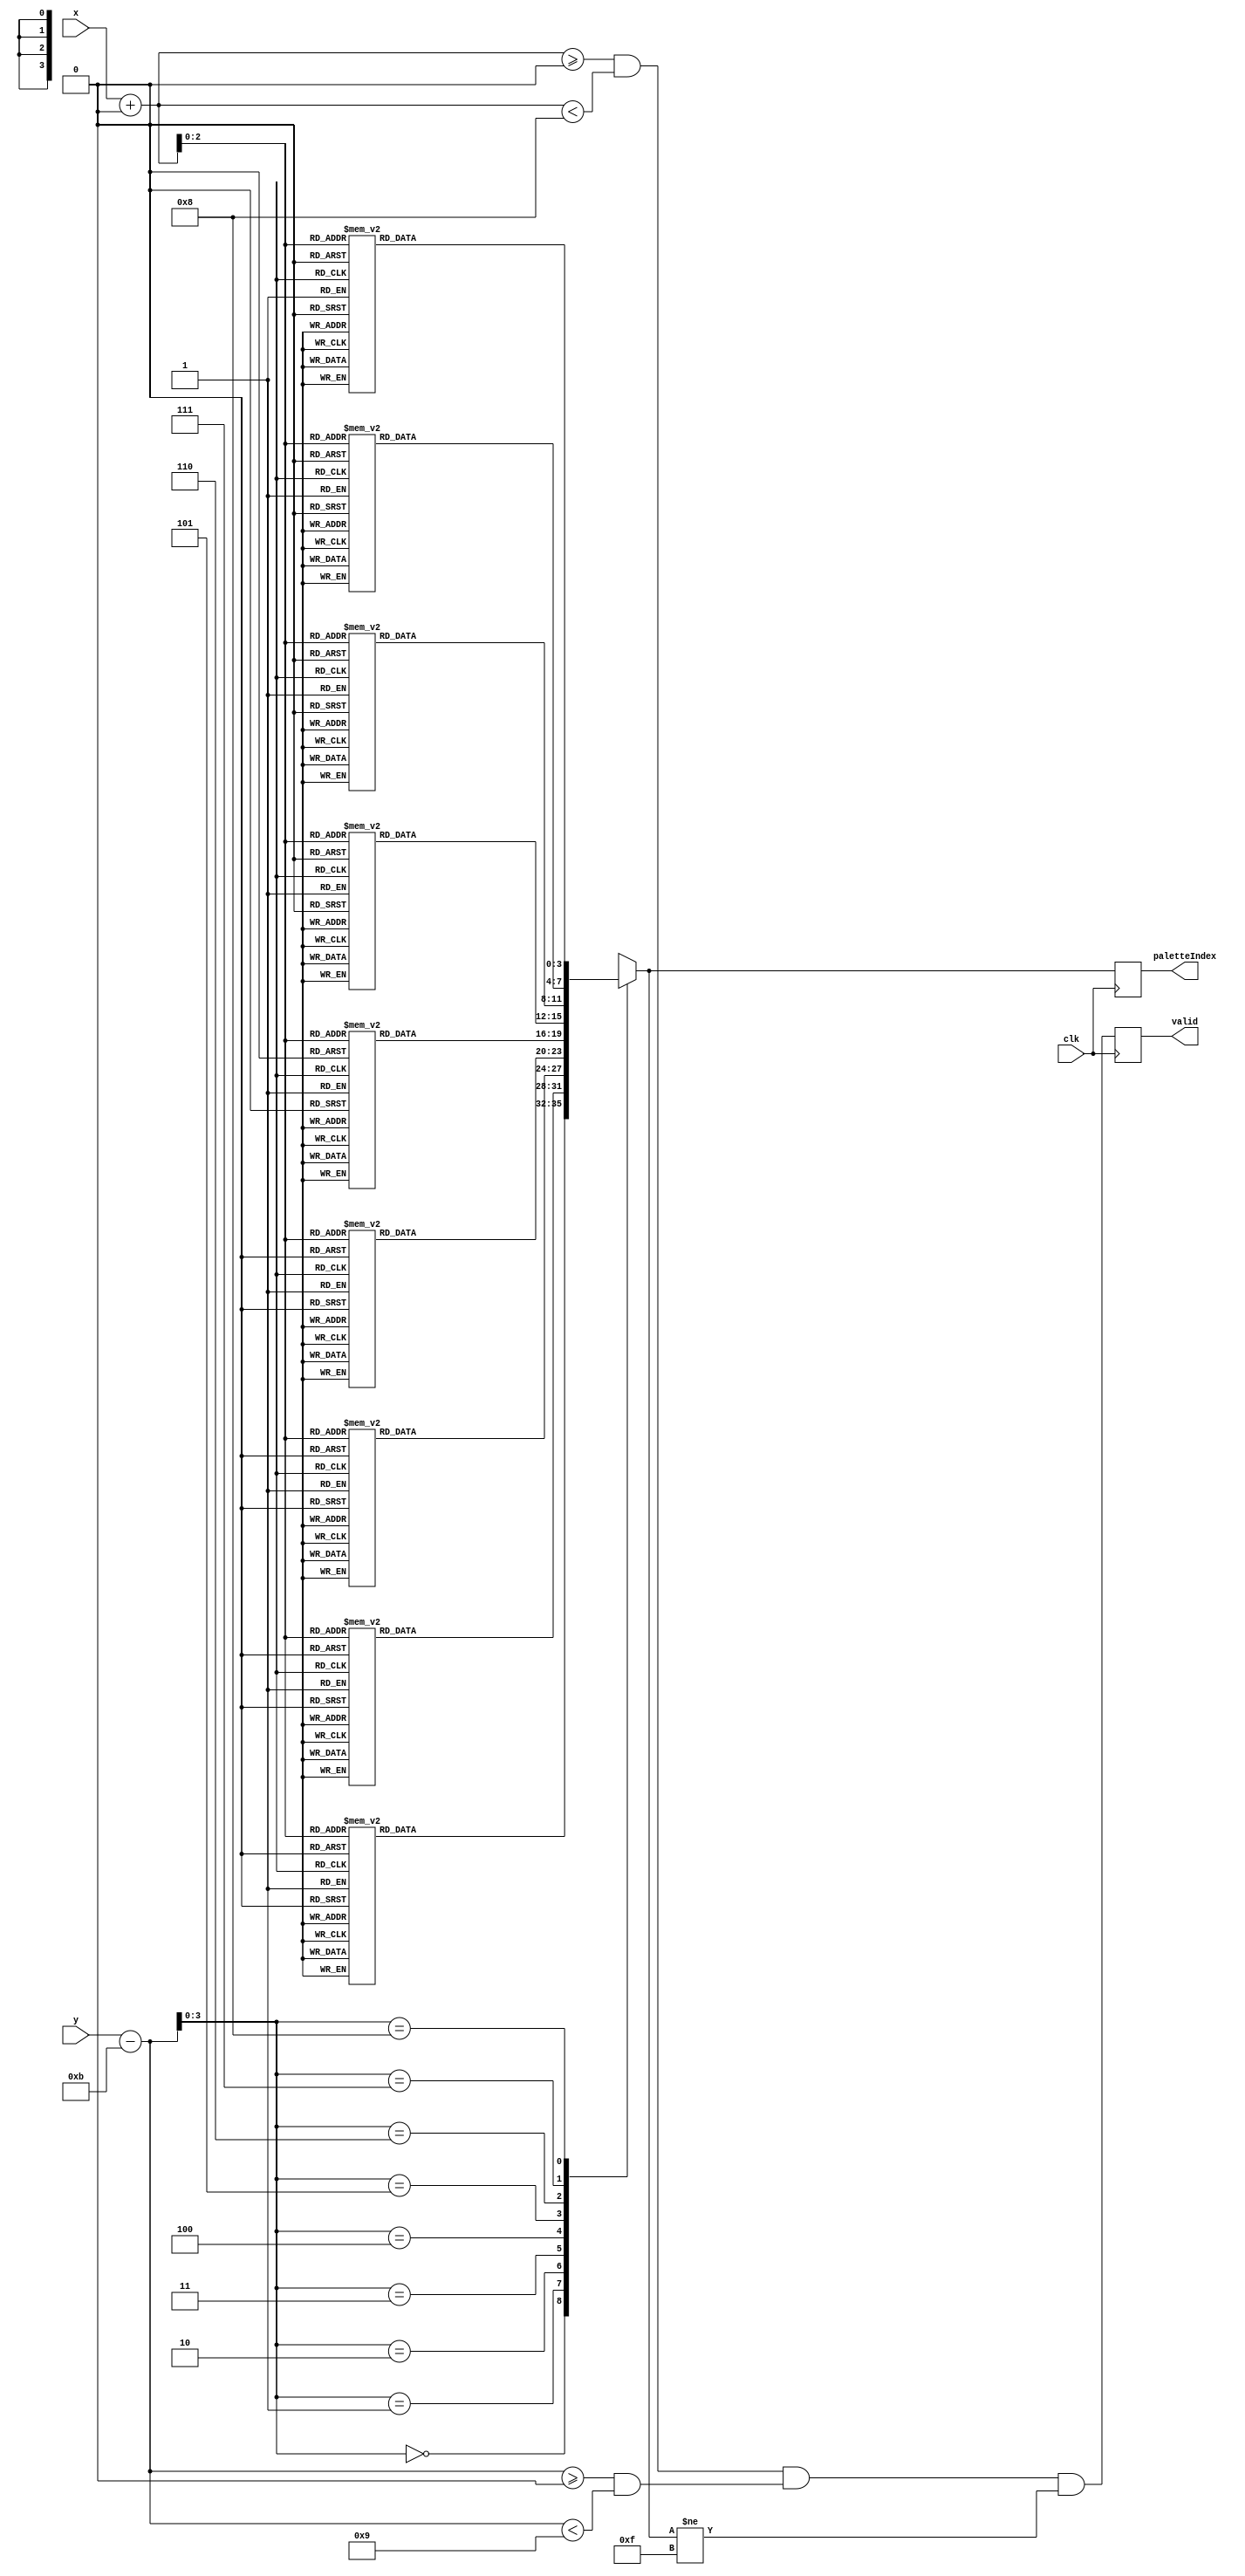
`timescale 1ns / 1ps
//////////////////////////////////////////////////////////////////////////
// generated with james's gen_sprite.py with arguments:
//     module_name: yellow_indicator
//
//     image_file: sprites/yellow_indicator.png
//     palette_file: palette.txt
//     canvas_width: 160
//     canvas_height: 120
//     x_offset: 0
//     y_offset: 11
//     x_tile: 1
//     y_tile: 1
//
//     inferred x bit length: 10
//     inferred y bit length: 10
//     inferred palette bit length: 4
//////////////////////////////////////////////////////////////////////////

module yellow_indicator(clk, x, y, paletteIndex, valid);
    input wire clk;
    input wire[9:0] x;
    input wire[9:0] y;
    output reg[3:0] paletteIndex;
    output reg valid;

    reg [9:0] xOffset;
    reg [9:0] yOffset;
    reg [2:0] xSprite;
    reg [3:0] ySprite;
    reg inBounds;

    always @(posedge clk) begin
        xOffset = (x+0);
        yOffset = (y-11);
        xSprite = xOffset[2:0];
        ySprite = yOffset[3:0];
        inBounds = (xOffset >= 0 && xOffset < 8) && (yOffset >= 0 && yOffset < 9);

        case(ySprite)
            
            4'd0: begin
               case(xSprite)
                    
                    3'd0: begin
                        paletteIndex = 4'd15;
                    end
                    
                    3'd1: begin
                        paletteIndex = 4'd15;
                    end
                    
                    3'd2: begin
                        paletteIndex = 4'd1;
                    end
                    
                    3'd3: begin
                        paletteIndex = 4'd1;
                    end
                    
                    3'd4: begin
                        paletteIndex = 4'd1;
                    end
                    
                    3'd5: begin
                        paletteIndex = 4'd1;
                    end
                    
                    3'd6: begin
                        paletteIndex = 4'd15;
                    end
                    
                    3'd7: begin
                        paletteIndex = 4'd15;
                    end
                    

                    default: begin
                        paletteIndex = 4'bXXXX;
                    end
                endcase 
            end
            
            4'd1: begin
               case(xSprite)
                    
                    3'd0: begin
                        paletteIndex = 4'd15;
                    end
                    
                    3'd1: begin
                        paletteIndex = 4'd15;
                    end
                    
                    3'd2: begin
                        paletteIndex = 4'd1;
                    end
                    
                    3'd3: begin
                        paletteIndex = 4'd1;
                    end
                    
                    3'd4: begin
                        paletteIndex = 4'd1;
                    end
                    
                    3'd5: begin
                        paletteIndex = 4'd1;
                    end
                    
                    3'd6: begin
                        paletteIndex = 4'd15;
                    end
                    
                    3'd7: begin
                        paletteIndex = 4'd15;
                    end
                    

                    default: begin
                        paletteIndex = 4'bXXXX;
                    end
                endcase 
            end
            
            4'd2: begin
               case(xSprite)
                    
                    3'd0: begin
                        paletteIndex = 4'd15;
                    end
                    
                    3'd1: begin
                        paletteIndex = 4'd15;
                    end
                    
                    3'd2: begin
                        paletteIndex = 4'd1;
                    end
                    
                    3'd3: begin
                        paletteIndex = 4'd1;
                    end
                    
                    3'd4: begin
                        paletteIndex = 4'd1;
                    end
                    
                    3'd5: begin
                        paletteIndex = 4'd1;
                    end
                    
                    3'd6: begin
                        paletteIndex = 4'd15;
                    end
                    
                    3'd7: begin
                        paletteIndex = 4'd15;
                    end
                    

                    default: begin
                        paletteIndex = 4'bXXXX;
                    end
                endcase 
            end
            
            4'd3: begin
               case(xSprite)
                    
                    3'd0: begin
                        paletteIndex = 4'd15;
                    end
                    
                    3'd1: begin
                        paletteIndex = 4'd15;
                    end
                    
                    3'd2: begin
                        paletteIndex = 4'd1;
                    end
                    
                    3'd3: begin
                        paletteIndex = 4'd1;
                    end
                    
                    3'd4: begin
                        paletteIndex = 4'd1;
                    end
                    
                    3'd5: begin
                        paletteIndex = 4'd1;
                    end
                    
                    3'd6: begin
                        paletteIndex = 4'd15;
                    end
                    
                    3'd7: begin
                        paletteIndex = 4'd15;
                    end
                    

                    default: begin
                        paletteIndex = 4'bXXXX;
                    end
                endcase 
            end
            
            4'd4: begin
               case(xSprite)
                    
                    3'd0: begin
                        paletteIndex = 4'd15;
                    end
                    
                    3'd1: begin
                        paletteIndex = 4'd15;
                    end
                    
                    3'd2: begin
                        paletteIndex = 4'd1;
                    end
                    
                    3'd3: begin
                        paletteIndex = 4'd1;
                    end
                    
                    3'd4: begin
                        paletteIndex = 4'd1;
                    end
                    
                    3'd5: begin
                        paletteIndex = 4'd1;
                    end
                    
                    3'd6: begin
                        paletteIndex = 4'd15;
                    end
                    
                    3'd7: begin
                        paletteIndex = 4'd15;
                    end
                    

                    default: begin
                        paletteIndex = 4'bXXXX;
                    end
                endcase 
            end
            
            4'd5: begin
               case(xSprite)
                    
                    3'd0: begin
                        paletteIndex = 4'd1;
                    end
                    
                    3'd1: begin
                        paletteIndex = 4'd1;
                    end
                    
                    3'd2: begin
                        paletteIndex = 4'd1;
                    end
                    
                    3'd3: begin
                        paletteIndex = 4'd1;
                    end
                    
                    3'd4: begin
                        paletteIndex = 4'd1;
                    end
                    
                    3'd5: begin
                        paletteIndex = 4'd1;
                    end
                    
                    3'd6: begin
                        paletteIndex = 4'd1;
                    end
                    
                    3'd7: begin
                        paletteIndex = 4'd1;
                    end
                    

                    default: begin
                        paletteIndex = 4'bXXXX;
                    end
                endcase 
            end
            
            4'd6: begin
               case(xSprite)
                    
                    3'd0: begin
                        paletteIndex = 4'd15;
                    end
                    
                    3'd1: begin
                        paletteIndex = 4'd1;
                    end
                    
                    3'd2: begin
                        paletteIndex = 4'd1;
                    end
                    
                    3'd3: begin
                        paletteIndex = 4'd1;
                    end
                    
                    3'd4: begin
                        paletteIndex = 4'd1;
                    end
                    
                    3'd5: begin
                        paletteIndex = 4'd1;
                    end
                    
                    3'd6: begin
                        paletteIndex = 4'd1;
                    end
                    
                    3'd7: begin
                        paletteIndex = 4'd15;
                    end
                    

                    default: begin
                        paletteIndex = 4'bXXXX;
                    end
                endcase 
            end
            
            4'd7: begin
               case(xSprite)
                    
                    3'd0: begin
                        paletteIndex = 4'd15;
                    end
                    
                    3'd1: begin
                        paletteIndex = 4'd15;
                    end
                    
                    3'd2: begin
                        paletteIndex = 4'd1;
                    end
                    
                    3'd3: begin
                        paletteIndex = 4'd1;
                    end
                    
                    3'd4: begin
                        paletteIndex = 4'd1;
                    end
                    
                    3'd5: begin
                        paletteIndex = 4'd1;
                    end
                    
                    3'd6: begin
                        paletteIndex = 4'd15;
                    end
                    
                    3'd7: begin
                        paletteIndex = 4'd15;
                    end
                    

                    default: begin
                        paletteIndex = 4'bXXXX;
                    end
                endcase 
            end
            
            4'd8: begin
               case(xSprite)
                    
                    3'd0: begin
                        paletteIndex = 4'd15;
                    end
                    
                    3'd1: begin
                        paletteIndex = 4'd15;
                    end
                    
                    3'd2: begin
                        paletteIndex = 4'd15;
                    end
                    
                    3'd3: begin
                        paletteIndex = 4'd1;
                    end
                    
                    3'd4: begin
                        paletteIndex = 4'd1;
                    end
                    
                    3'd5: begin
                        paletteIndex = 4'd15;
                    end
                    
                    3'd6: begin
                        paletteIndex = 4'd15;
                    end
                    
                    3'd7: begin
                        paletteIndex = 4'd15;
                    end
                    

                    default: begin
                        paletteIndex = 4'bXXXX;
                    end
                endcase 
            end
            

            default: begin
                paletteIndex = 4'bXXXX;
            end
        endcase

        valid = inBounds && (paletteIndex != 4'd15);
    end


endmodule